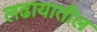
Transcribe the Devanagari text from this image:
लढायातील